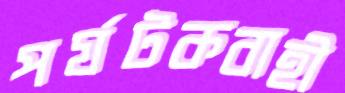
পর্যটকবাহী